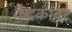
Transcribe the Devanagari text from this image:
केंद्रकावर